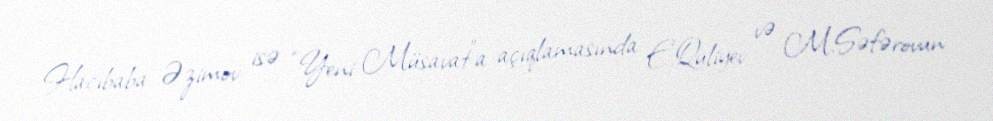
Hacıbaba Əzimov isə “Yeni Müsavat”a açıqlamasında E.Quliyev və M.Səfərovun